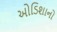
ઓડિશાનો